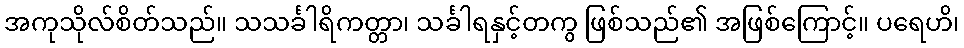
အကုသိုလ်စိတ်သည်။ သသင်္ခါရိကတ္တာ၊ သင်္ခါရနှင့်တကွ ဖြစ်သည်၏ အဖြစ်ကြောင့်။ ပရေဟိ၊